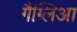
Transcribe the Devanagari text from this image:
गैग्लिआ